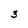
Character: 3